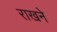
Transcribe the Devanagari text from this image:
राखने